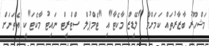
މަޝްހޫރު ބާޒާރުތައް ކަމަށްވާ "ލޭޑީޒް މާކެޓާ"އި "ޓެމްޕުލް ސްޓްރީޓް ނައިޓު މާކެޓަ"ކީ އެތަނަށް